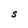
Character: S